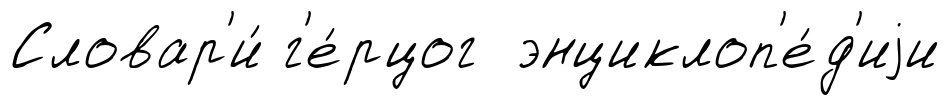
Словар'и́ г'е́рцог энциклоп'е́д'иjи